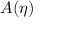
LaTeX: A ( { \boldsymbol { \eta } } )